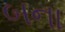
બના